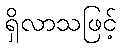
ရှိလာသဖြင့်